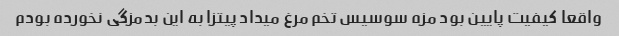
واقعا کیفیت پایین بود مزه سوسیس تخم مرغ میداد پیتزا به این بدمزگی نخورده بودم